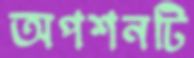
অপশনটি